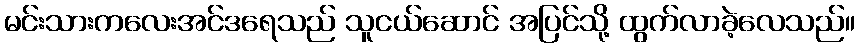
မင်းသားကလေးအင်ဒရေသည် သူငယ်ဆောင် အပြင်သို့ ထွက်လာခဲ့လေသည်။